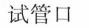
试管口